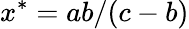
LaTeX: x^{*}=ab/(c-b)